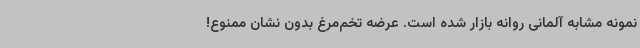
نمونه مشابه آلمانی روانه بازار شده است. عرضه تخم‌مرغ بدون نشان ممنوع!